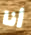
أنا